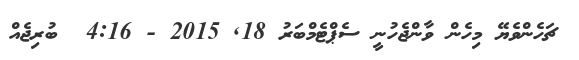
ޗަހެންވެޔޭ މިހެން ވާންޖެހުނީ ސެޕްޓެމްބަރު 18